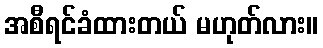
အစီရင်ခံထားတယ် မဟုတ်လား။